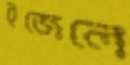
ইজেলে